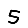
Digit: 5